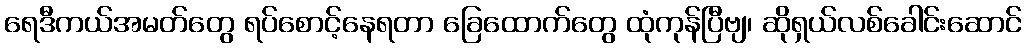
ရေဒီကယ်အမတ်တွေ ရပ်စောင့်နေရတာ ခြေထောက်တွေ ထုံကုန်ပြီဗျ၊ ဆိုရှယ်လစ်ခေါင်းဆောင်